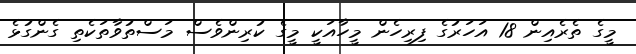
މީގެ ތެރެއިން 18 އަހަރުގެ ފިރިހެން މީހާއަކީ މީގެ ކުރިންވެސް މަސްތުވާތަކެތި ގެންގުޅެ